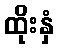
ထိုးနှံ